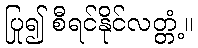
ပြု၍ စီရင်နိုင်လတ္တံ့။